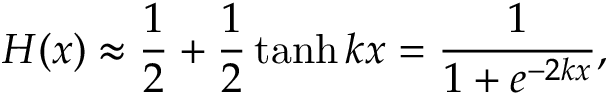
H ( x ) \approx { \frac { 1 } { 2 } } + { \frac { 1 } { 2 } } \operatorname { t a n h } k x = { \frac { 1 } { 1 + e ^ { - 2 k x } } } ,